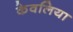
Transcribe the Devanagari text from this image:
केवलिया